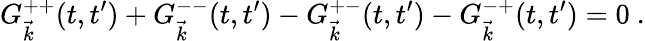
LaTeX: G_{\vec{k}}^{++}(t,t^{\prime})+G_{\vec{k}}^{--}(t,t^{\prime})-G_{\vec{k}}^{+-}(t,t^{\prime})-G_{\vec{k}}^{-+}(t,t^{\prime})=0~.